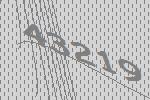
43219